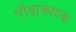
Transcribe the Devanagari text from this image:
पीड़ाकारक